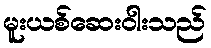
မူးယစ်ဆေးဝါးသည်